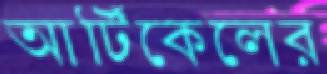
আর্টিকেলের